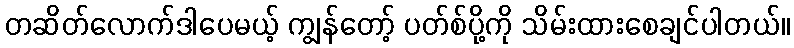
တဆိတ်လောက်ဒါပေမယ့် ကျွန်တော့် ပတ်စ်ပို့ကို သိမ်းထားစေချင်ပါတယ်။